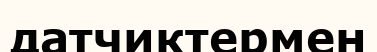
датчиктермен